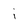
Character: i